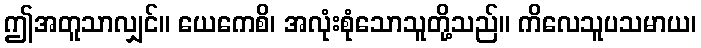
ဤအတူသာလျှင်။ ယေကေစိ၊ အလုံးစုံသောသူတို့သည်။ ကိလေသူပသမာယ၊